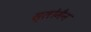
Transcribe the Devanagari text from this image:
स्लोमैन